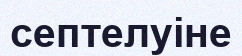
септелуіне